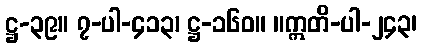
ဋ္ဌ-၃၉။ ၇-ပါ-၄၁၃၊ ဋ္ဌ-၁၆၀။ ။ဣတိ-ပါ-၂၄၃၊